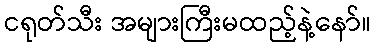
ငရုတ်သီး အများကြီးမထည့်နဲ့နော်။